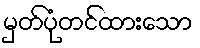
မှတ်ပုံတင်ထားသော